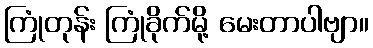
ကြုံတုန်း ကြုံခိုက်မို့ မေးတာပါဗျာ။